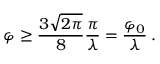
\varphi \ge \frac { 3 \sqrt { 2 \pi } } { 8 } \frac { \pi } { \lambda } = \frac { \varphi _ { 0 } } { \lambda } \: .